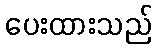
ပေးထားသည်